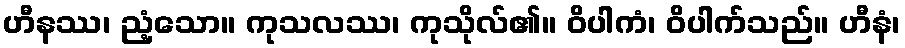
ဟီနဿ၊ ညံ့သော။ ကုသလဿ၊ ကုသိုလ်၏။ ဝိပါကံ၊ ဝိပါက်သည်။ ဟီနံ၊